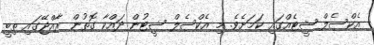
އެކްސެލް ޝީޓެއްގައި ކަމަށެވެ. މި އެކްސެލް ޝީޓުން ދައްކާ ގޮތުން ރާއްޖޭގައި ތިބީ